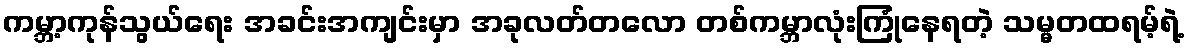
ကမ္ဘာ့ကုန်သွယ်ရေး အခင်းအကျင်းမှာ အခုလတ်တလော တစ်ကမ္ဘာလုံးကြုံနေရတဲ့ သမ္မတထရမ့်ရဲ့